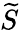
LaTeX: \widetilde{S}